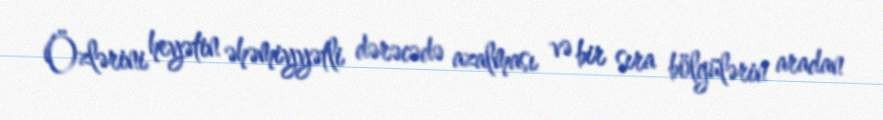
Özlərini heyətin əhəmiyyətli dərəcədə azalması və bir sıra bölgülərin aradan